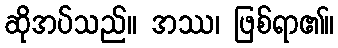
ဆိုအပ်သည်။ အဿ၊ ဖြစ်ရာ၏။